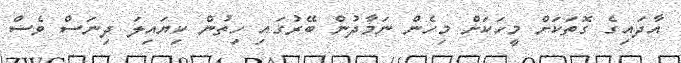
އާދައިގެ ގޮތަކަށް މީހަކަށް މިހެން ނަމާދުން ބޭރުގައި ހިތުން ކިޔައިލަ ދިނަސް ވެސް